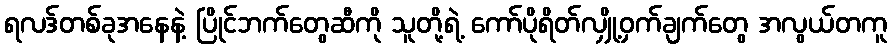
ရလဒ်တစ်ခုအနေနဲ့ ပြိုင်ဘက်တွေဆီကို သူတို့ရဲ့ ကော်ပိုရိတ်လျှို့ဝှက်ချက်တွေ အလွယ်တကူ